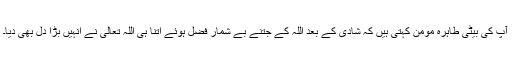
آپ کی بیٹی طاہرہ مومن کہتی ہیں کہ شادی کے بعد اللہ کے جتنے بے شمار فضل ہوئے اتنا ہی اللہ تعالیٰ نے انہیں بڑا دل بھی دیا۔